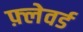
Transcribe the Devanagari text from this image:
फ़्लेवर्ड